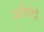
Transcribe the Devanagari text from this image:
अतिन्द्र